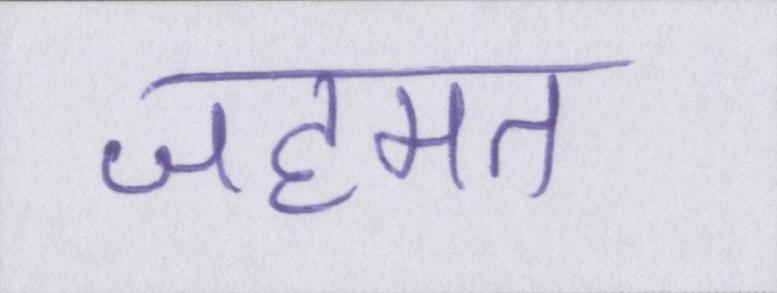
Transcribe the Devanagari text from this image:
जहमत